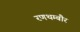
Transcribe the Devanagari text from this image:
रणथम्बौर